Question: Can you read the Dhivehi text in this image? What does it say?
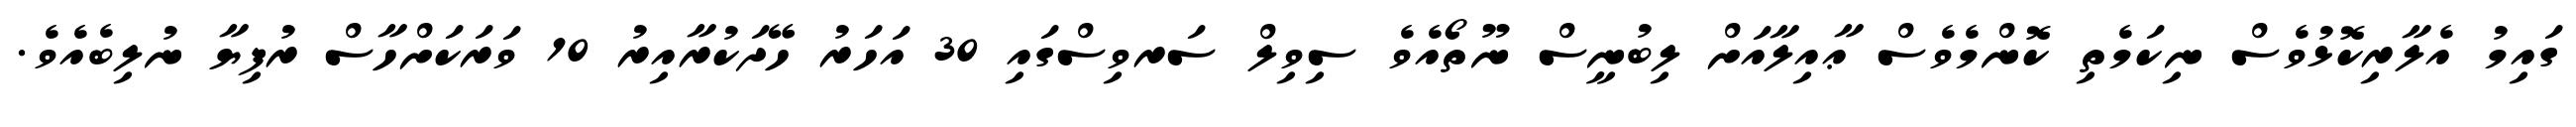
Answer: ގައިމު އެލާރިކޮޅުވެސް ނިކަމެތި ކޮންމެވެސް ޢާއިލާއަށް ލިބުނީސް ނޫތޯއެވެ ސިވިލް ސަރވިސްގައި 30 އަހަރު ހޭދަކުރާއިރު 10 ވަރަކަށްހާސް ރުފިޔާ ނުލިބެއެވެ.